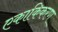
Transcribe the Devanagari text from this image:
एकाकिकरण